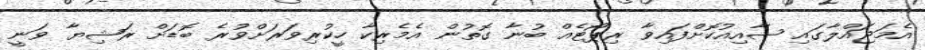
އެމަޖައްލާގައި ޝާއިއުކޮށްފައިވާ ރިޕޯޓެއް ބުނާ ގޮތުން އެމެރިކާ ހީކުރިވަރަށްވުރެ ބޮޑަށް ރަޝިޔާ ވަނީ